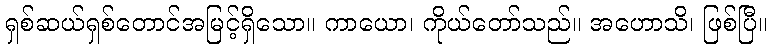
ရှစ်ဆယ်ရှစ်တောင်အမြင့်ရှိသော။ ကာယော၊ ကိုယ်တော်သည်။ အဟောသိ၊ ဖြစ်ပြီ။